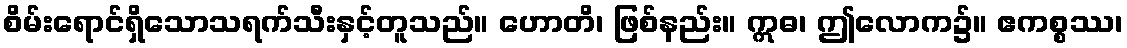
စိမ်းရောင်ရှိသောသရက်သီးနှင့်တူသည်။ ဟောတိ၊ ဖြစ်နည်း။ ဣဓ၊ ဤလောက၌။ ဧကစ္စဿ၊